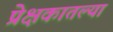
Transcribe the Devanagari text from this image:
प्रेक्षकातल्या